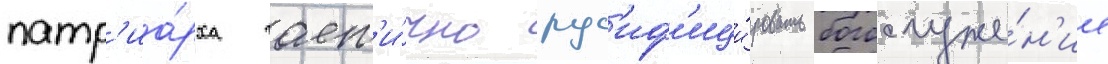
патр'иа́рха част'и́чно рус'иф'ици́ровать богослуже́н'ие